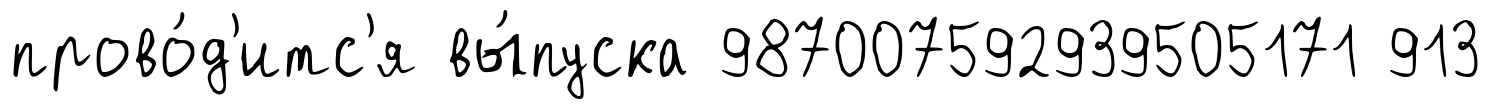
прово́д'итс'я вы́пуска 987007592939505171 913